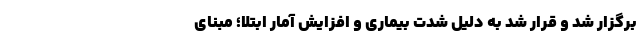
برگزار شد و قرار شد به دلیل شدت بیماری و افزایش آمار ابتلا؛ مبنای